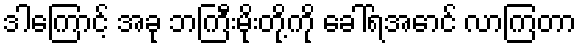
ဒါကြောင့် အခု ဘကြီးမိုးတို့ကို ခေါ်ရအောင် လာကြတာ